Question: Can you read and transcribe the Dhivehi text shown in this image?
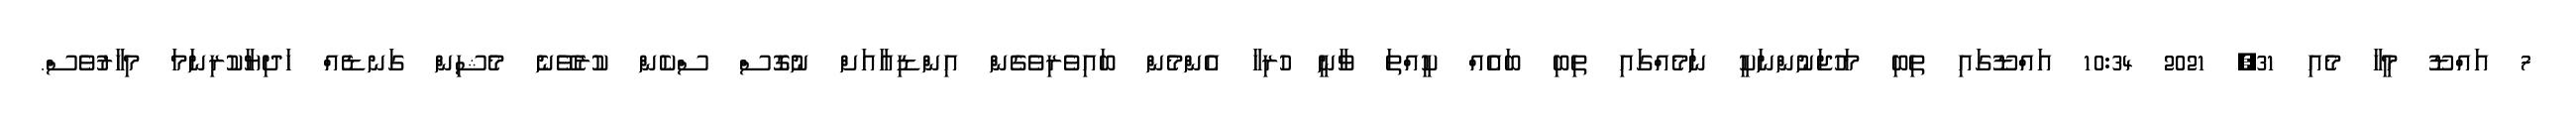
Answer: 7 އައްޑޫ މީހާ މެއި 31, 2021 10:34 އައްޑޫގައި ތިބި މަހުޖަނުންނަކީ ނަމެއްގައި ތިބި ބައެއް ކީއްތަ ވާނީ ހުރިހާ އެންމެން ބައިވެރިވެގެން އިންޑިއާއަށް ނުގޮސް ސްކެން ކުރެވޭނެ މެޝިން ގަނޑެއް ހަދިޔާކުރިނަމަ މިހާރުވެސް.